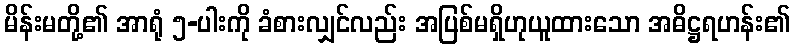
မိန်းမတို့၏ အာရုံ ၅-ပါးကို ခံစားလျှင်လည်း အပြစ်မရှိဟုယူထားသော အဓိဋ္ဌရဟန်း၏